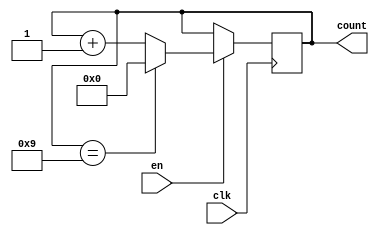
module BCDUpCounter (
    input wire clk, //clock signal
    input wire en, //enable signal
    output reg [3:0] count //BCD count output
);

always @(posedge clk) begin
    if (en) begin
        if (count == 4'b1001) begin
            count <= 4'b0000;
        end
        else begin
            count <= count + 1;
        end
    end
end

endmodule